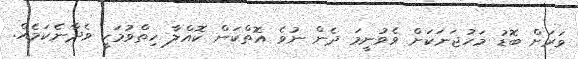
ވަރަށް ބޮޑު މަހުޖަނަކަށް ވެވުނީމަ ދެން ނުވެ އޮތްކަން ކޮއްލާ ހިތްވުމަކީ ވެދާނެކަމެއް.